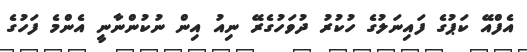
އެފްއޭ ކަޕުގެ ފައިނަލުގެ ހުކުރު ދުވަހުގެރޭ ނިއު އިން ނުކުންނާނީ އެންމެ ފަހުގެ